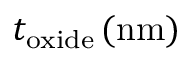
t _ { \mathrm { o x i d e } } \, ( \mathrm { n m } )